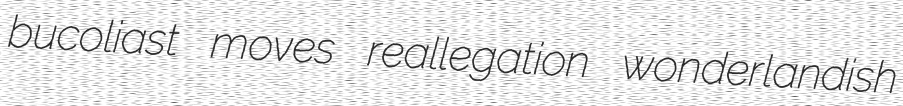
bucoliast moves reallegation wonderlandish